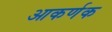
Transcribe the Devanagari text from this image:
आकर्णक